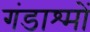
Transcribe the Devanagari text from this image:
गंडाश्मों